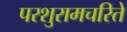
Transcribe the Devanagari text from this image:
परशुरामचरिते